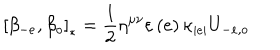
\left[ \beta _ { - e } , \beta _ { o } \right] _ { \ast } = \frac { 1 } { 2 } \eta ^ { \mu \nu } \varepsilon \left( e \right) \kappa _ { \left\vert e \right\vert } U _ { - e , o }